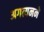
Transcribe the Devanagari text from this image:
अगत्यनने